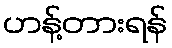
ဟန့်တားရန်